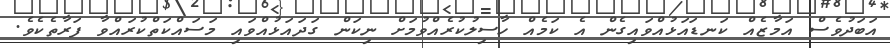
އަބަދުވެސް އަމާޒެއް ކަނޑައަޅުއްވައިގެން އެ ކަމެއް ހާސިލުކުރެއްވުމަށް ނިކަން ގަދައަޅުއްވައި މަސައްކަތްކުރައްވާ ފަރާތެކެވެ.